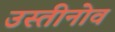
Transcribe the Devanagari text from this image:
उस्तीनोव